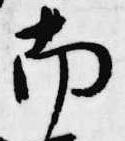
南